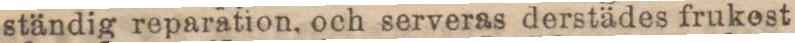
ständig reparation, och serveras derstädes frukest